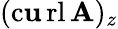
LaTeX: (\operatorname{c\mathbf{u}rl}\mathbf{{A}})_{z}